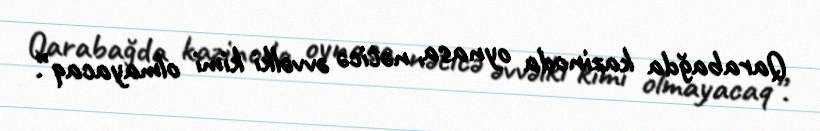
Qarabağda kazinoda oynasa, nəticə əvvəlki kimi olmayacaq”.